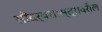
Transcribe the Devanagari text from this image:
सौंदर्यशास्त्रावरील